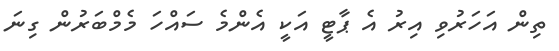
ތިން އަހަރުވި އިރު އެ ޕާޓީ އަކީ އެންމެ ސައްހަ މެމްބަރުން ގިނަ